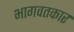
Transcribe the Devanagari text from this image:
भागवतकार